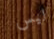
ليس